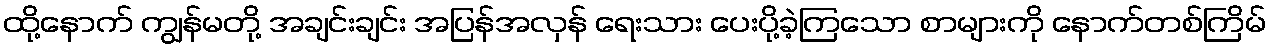
ထို့နောက် ကျွန်မတို့ အချင်းချင်း အပြန်အလှန် ရေးသား ပေးပို့ခဲ့ကြသော စာများကို နောက်တစ်ကြိမ်